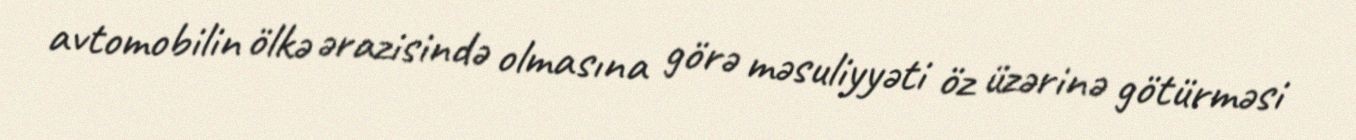
avtomobilin ölkə ərazisində olmasına görə məsuliyyəti öz üzərinə götürməsi